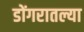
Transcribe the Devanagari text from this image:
डोंगरातल्या